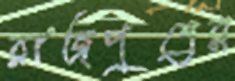
রাজপুত্রের